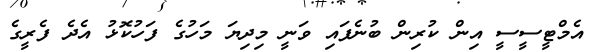
އެމްޓީސީސީ އިން ކުރިން ބުނެފައި ވަނީ މިދިޔަ މަހުގެ ފަހުކޮޅު އެދެ ފެރީގެ